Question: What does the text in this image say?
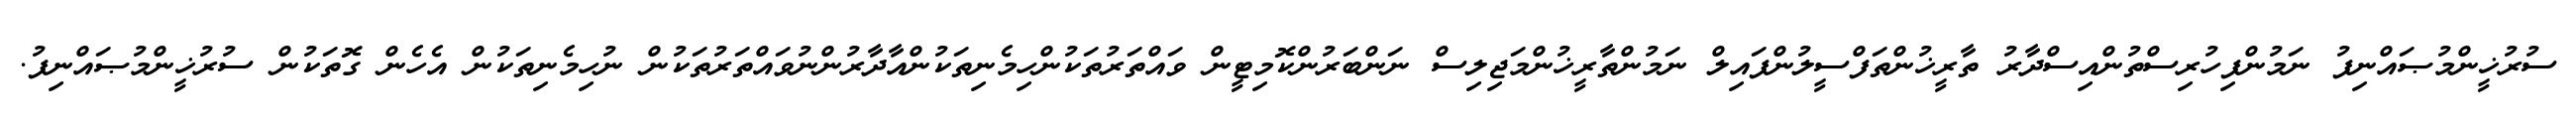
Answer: ސުރުޚީންމުޞައްނިފު ނަމުންފިހުރިސްތުންއިސްދާރު ތާރީޚުންތަފްސީލުންފައިލް ނަމުންތާރީޚުންމަޖިލިސް ނަންބަރުންކޮމިޓީން ވައްތަރުތަކުންހިމެނިތަކުންއާދާރުންނުވައްތަރުތަކުން ނުހިމެނިތަކުން އެހެން ގޮތަކުން ސުރުޚީންމުޞައްނިފު.